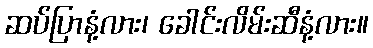
ဆပ်ပြာနံ့လား၊ ခေါင်းလိမ်းဆီနံ့လား။